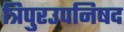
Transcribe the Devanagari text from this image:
त्रिपुरउपनिषद